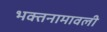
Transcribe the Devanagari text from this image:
भक्तनामावली